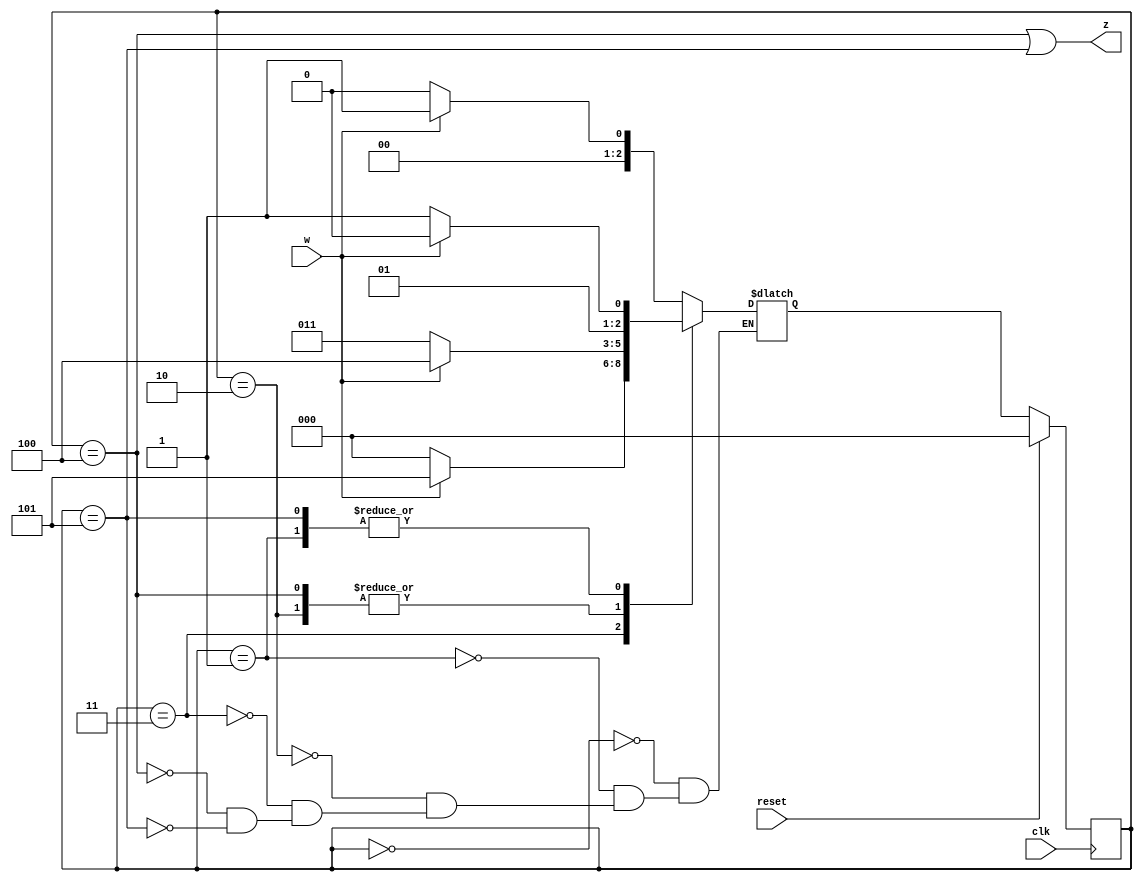
module top_module (
    input clk,
    input reset,   // Synchronous active-high reset
    input w,
    output z
);
    
    parameter A = 3'b000 ;
    parameter B = 3'b001 ;
    parameter C = 3'b010 ;
    parameter D = 3'b011 ;
    parameter E = 3'b100 ;
    parameter F = 3'b101 ;
    
    reg [2:0] cstate , nstate ;
    
    always @(posedge clk) begin
        if(reset) begin
            cstate <= A ;
        end
        else begin
            cstate <= nstate ;
        end
    end
    
    always @(*) begin
        case(cstate) 
            A : nstate = w ? B : A ;
            B : nstate = w ? C : D ;
            C : nstate = w ? E : D ;
            D : nstate = w ? F : A ;
            E : nstate = w ? E : D ;
            F : nstate = w ? C : D ;
        endcase
    end
    
    assign z = (cstate == E || cstate == F) ;

endmodule